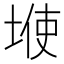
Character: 𱗆